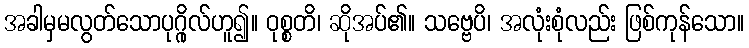
အခါမှမလွတ်သောပုဂ္ဂိုလ်ဟူ၍။ ဝုစ္စတိ၊ ဆိုအပ်၏။ သဗ္ဗေပိ၊ အလုံးစုံလည်း ဖြစ်ကုန်သော။